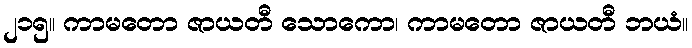
၂၁၅။ ကာမတော ဇာယတီ သောကော၊ ကာမတော ဇာယတီ ဘယံ။